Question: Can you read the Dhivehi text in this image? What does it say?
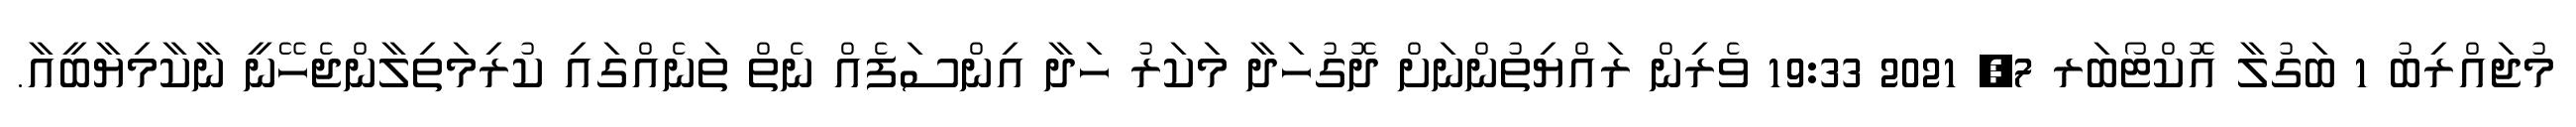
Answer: މުޖައްރިބު 1 ބަގުލާ އޮކްޓޯބަރ 7, 2021 19:33 ވެރިން ރައްޔިތުންނަށް ދޮގުހަދާ މަކަރު ހަދާ އިންސަފެއް ނެތް ތަނެއްގައި ކުރިމަތިލާންޖެހޭނީ ނާކާމިޔާބީއާ.